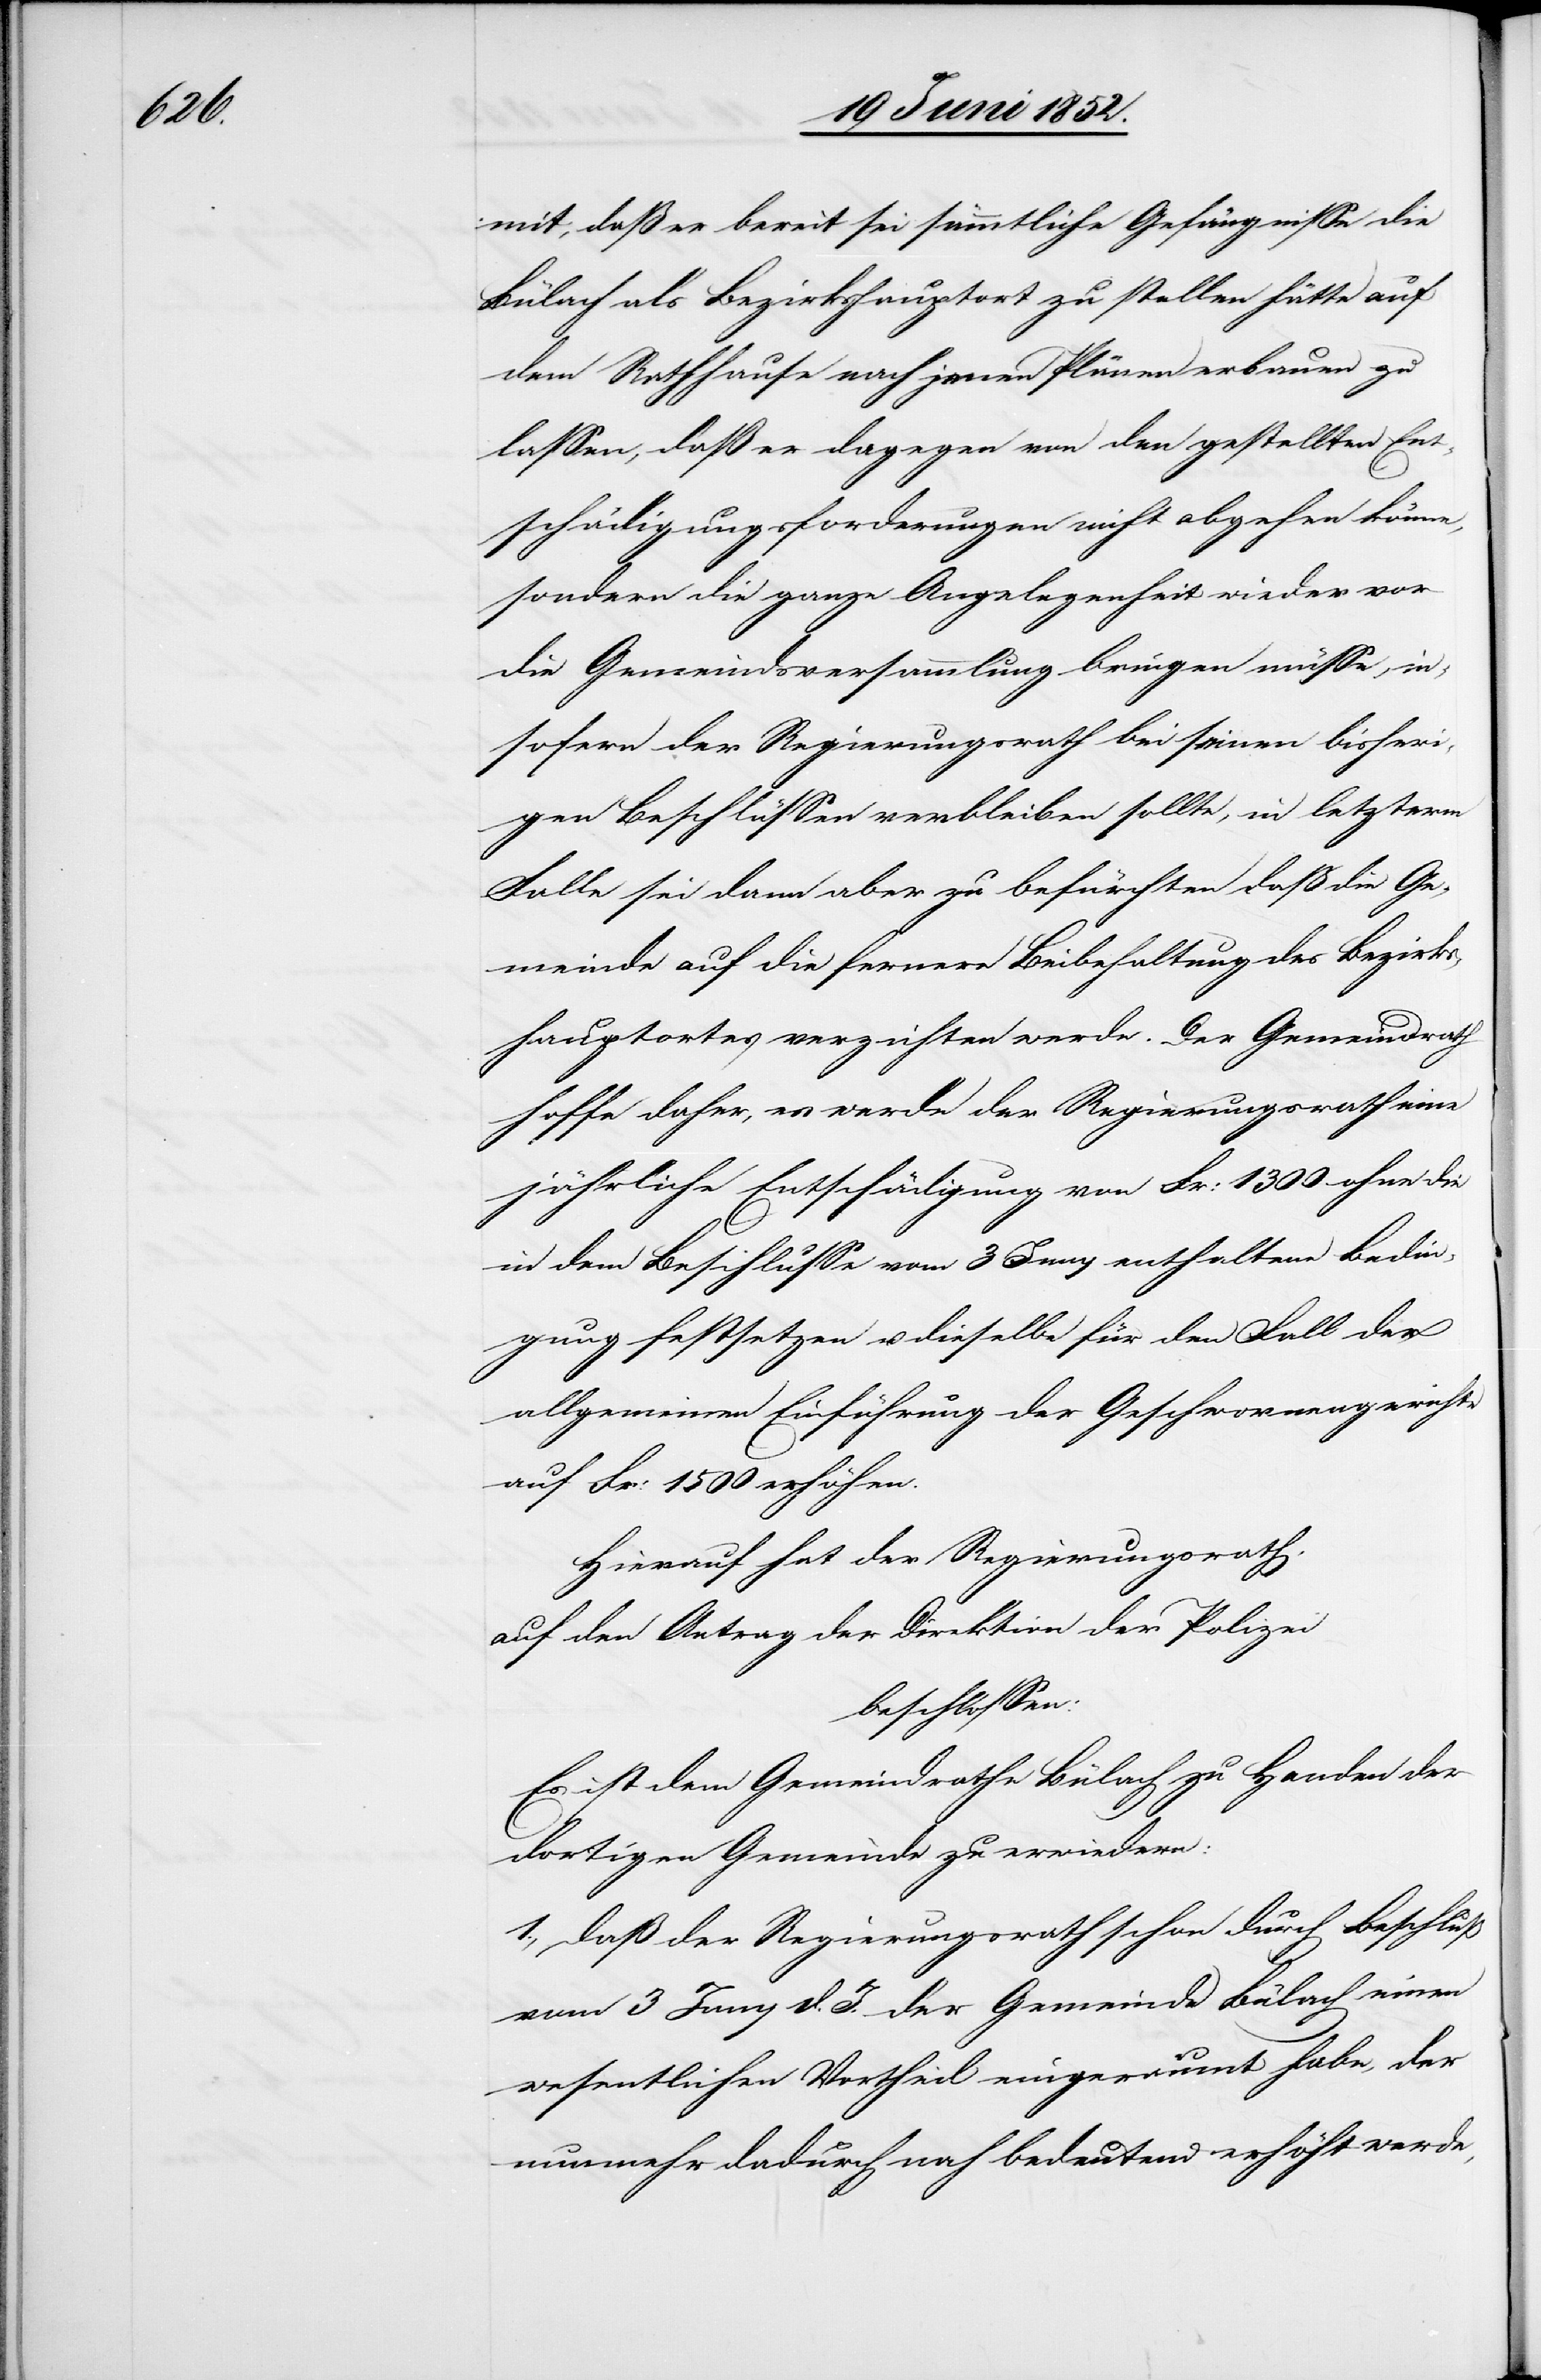
mit, daß er bereit sei sämmtliche Gefängnisse die
Bülach als Bezirkshauptort zu stellen hätte auf
dem Rathhause nach jenen Plänen erbauen zu
lassen, daß er dagegen von den gestellten Ent¬
schädigungsforderungen nicht abgehen könne,
sondern die ganze Angelegenheit wieder vor
die Gemeindsversammlung bringen müsse, in¬
sofern der Regierungsrath bei seinen bisheri¬
gen Beschlüssen verbleiben sollte, in letzterm
Falle sei dann aber zu befürchten daß die Ge¬
meinde auf die fernere Beibehaltung des Bezirks¬
hauptortes verzichten werde. Der Gemeindrath
hoffe daher, es werde der Regierungsrath eine
jährliche Entschädigung von Fr: 1300 ohne die
in dem Beschlusse vom 3 Juny enthaltene Bedin¬
gung festsetzen u. dieselbe für den Fall der
allgemeinen Einführung der Geschwornengerichte
auf Fr: 1500 erhöhen.
Hierauf hat der Regierungsrath,
auf den Antrag der Direktion der Polizei
beschlossen:
Es ist dem Gemeindrathe Bülach zu Handen der
dortigen Gemeinde zu erwiedern:
1., daß der Regierungsrath schon durch Beschluß
vom 3 Juny d. J. der Gemeinde Bülach einen
wesentlichen Vortheil eingeräumt habe, der
nunmehr dadurch noch bedeutend erhöht werde,